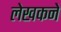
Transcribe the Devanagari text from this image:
लेखकने